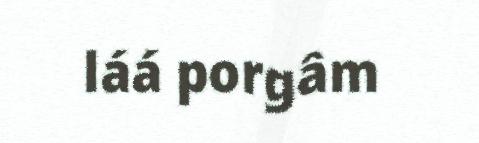
láá porgâm